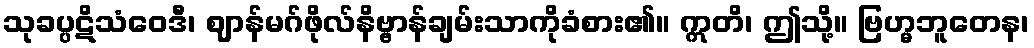
သုခပ္ပဋိသံဝေဒီ၊ ဈာန်မဂ်ဖိုလ်နိဗ္ဗာန်ချမ်းသာကိုခံစား၏။ ဣတိ၊ ဤသို့။ ဗြဟ္မဘူတေန၊